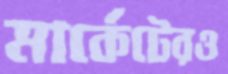
মার্কেটেরও